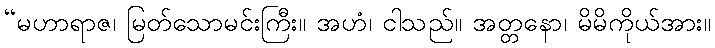
“မဟာရာဇ၊ မြတ်သောမင်းကြီး။ အဟံ၊ ငါသည်။ အတ္တနော၊ မိမိကိုယ်အား။